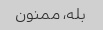
بله، ممنون